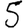
Digit: 5